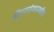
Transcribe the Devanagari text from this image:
डोंगररांगामधील